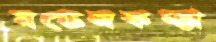
মডেলকন্যা